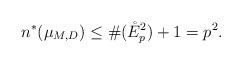
LaTeX: \begin{align*}n^*(\mu_{M,D})\leq \#(\mathring{E}_p^2)+1=p^2.\end{align*}